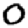
Digit: 0